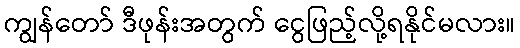
ကျွန်တော် ဒီဖုန်းအတွက် ငွေဖြည့်လို့ရနိုင်မလား။